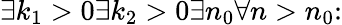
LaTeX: \exists k_{1}>0\exists k_{2}>0\exists n_{0}\forall n>n_{0}\colon